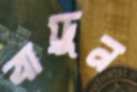
বাড়ুন